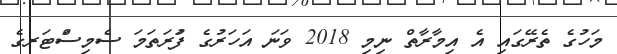
މަހުގެ ތެރޭގައި އެ އިމާރާތް ނިމި 2018 ވަަނަ އަަހަރުގެ ފުަރަތަމަ ސެމިސްަޓަރގެ